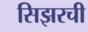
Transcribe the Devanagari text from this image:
सिझरची